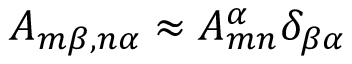
A _ { m \beta , n \alpha } \approx A _ { m n } ^ { \alpha } \delta _ { \beta \alpha }